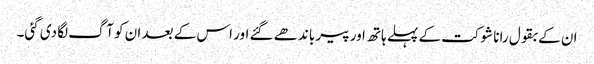
ان کے بقول رانا شوکت کے پہلے ہاتھ اور پیر باندھے گئے اور اس کے بعد ان کو آگ لگا دی گئی۔